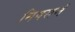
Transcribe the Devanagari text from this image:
निवसनं